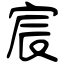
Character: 宸